Medical and sanitary report on the native army of Bombay for the year
Year: 1878
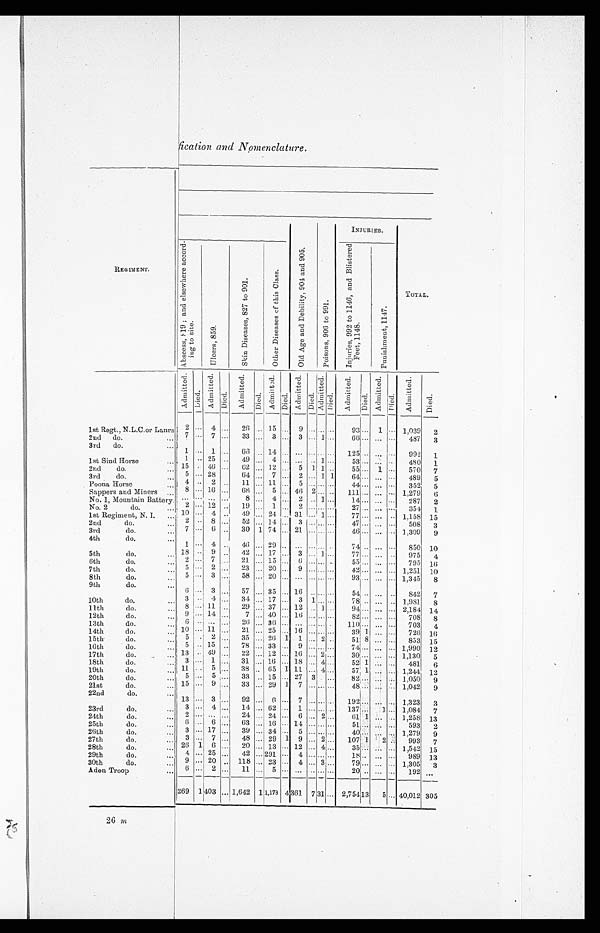
fication and Nomenclature.
INJURIES.
REGIMENT.
A b s c e s s , 8 1 9 ; a n d e l s e w h e r e a c c o r d -
i ng t o s i t e .
U l c e r s , 8 5 9 .
S k i n D i s e a s e s , 8 2 7 t o 9 0 1 .
O t h e r D i s e a s e s o f t h i s C l a s s .
O l d A g e a n d D e b i l i t y , 9 0 4 a n d 9 0 5 .
P o i s o n s , 9 0 6 t o 9 9 1 .
I n j u r i e s , 9 9 2 t o 1 1 4 6 , a n d B l i s t e r e d
F e e t , 1 1 4 8 .
P u n i s h m e n t , 1 1 4 7 .
TOTAL.
A d m i t t e d .
D i e d .
A d m i t t e d .
Di ed.
A d m i t t e d .
D i e d .
A d m i t t e d .
D i e d .
A d m i t t e d .
D i e d .
A d m i t t e d .
D i e d .
A d m i t t e d .
D i e d .
A d m i t t e d .
D i e d .
A d m i t t e d .
D i e d .
1st Regt., N.L.C.or Lanrs 2 ... 4 ... 26 ... 15 ... 9 ... ... ...
9 3
... 1 . . . 1,039
2
2nd do.
... 7 ... 7 ... 33 ... 3 ... 3 ... 1 ...
66 ... ...
. . . 487 3
3rd do.
. . . 1 ... 1 ...
6 6 ... 14 ... ... . . . ...
. . .
1 2 5 . . . ... . . .
992 1
1st Sind Horse
. . . 1
... 25 ... 49 . . . 4 . . .
...
. . 1 . . .
53
. . . ... . . . 480
1
2nd do.
. . . 15 . . . 46 ...
6 2... 12 ... 5 1 1 ...
5 5 . . . 1 ... 570 7
3rd do.
. . . 5 . . . 28
64 . . . 7 ... 2 ... 1 1
6 4 . . . ... . . . 489
5
Poona Horse
. . . 4 . . . 2 .. 11 ... 11 ... 5 ... ... . . .
4 4
...
... ...
352
5
Sappers and miners ... 8 . . . 16 ... 68 ... 5 ... 46 2 ... . . . 111 ... ... ... 1,279 6
No. 1, Mountain Battery. . . . . . . . . . ...
8 ... 4 . . . 2 . . . 1 . . .
1 4 ... ...
. . . 287 2
No. 2 do.
. . . 2 ... 12 .. 19 . . . 1 ... 2 ... . . . ...
27 . . . ... . . . 354
1
1st Regiment, N. I. ... 10 . . . 4 ..
49 . . . 24 ... 31 ... 1 ...
77 ... ...
. . 1,158 15
2nd do.
... 2 . . 8 ... 52 ... 14 ... 3 ... ... ...
4 7 ... ... . . . 508
3
3rd do.
... 7 ... 6 ... 30 1 74 ... 21 ... ... . . . 46 ... ...
. . . 1,309 9
4th do.
... 1 . . . 4 .. 46
. . . 2 9 . .
...
. . . . . . . .
74
. . . ... . . .
850
1 0
5th do.
. . . 18 . . . 9 .. 42 ... 17 ... 3 ... 1 ... 77
. . .
. . . . . . 975 4
6th do.
. . . 2 ... 7 ... 21 ... 15 ... 6 . . .
...
. . .
55 . . . ... . . . 795
1 6
7th do.
. . . 5 . . . 2 ... 23 ... 20 ... 9 . . .
... ...
4 2 ...
... ... 1,251 10
8th do.
... 5 ... 3 ... 58 ... 20 ... ... ... . . . . . . 93 ... ... . . . 1,345 8
9th do.
. . . 6 ... 3 ... 57 ... 35 ... 16
. .
...
. . . 54 . . .
... . . .
8 4 2
7
10th do.
. . . 3 . . . 4 ... 34 ... 17 ... 3 1 ... ...
78 .. ...
...
1,981 8
11th do.
. . . 8 ... 11 ... 29 ... 37 ... 12 . . . 1 . . . 94 . . . ... ... 2,184 14
12th do.
. . . 9 . . .
14 ...
7 ... 40 ... 16 ... ... . . .
8 2 ... ... ... 708 8
13th do.
. . . 6 . . . . .
...
2 6 . . . 3 6 . . .
...
. . . . . . . . 110 . . . ... . . . 703
4
14th do.
. . . 10 . . . 11 ... 21 ... 25 ... 16 ... ... ...
39 1
... . . . 726 16
15th do.
. . . 5 . 2 ... 35 ... 26 1 1 ... 2 ..
51 8 ... . . . 853 15
16th do.
. . . 5 . . . 15 .. 78 ... 33 ... 9 ... ... ...
7 4 . . . ... ... 1,990 12
17th do.
... 13 . . 49 ... 22 ... 12 ... 16 ... 2 . . .
3 0 ... ... ... 1,130 5
18th do.
. . . 3 ... 1 ... 31 ... 16 ... 18 ... 4 ...
52 1 ... . . . 481
6
19th do.
. . . 1 1 ... 5 ... 38 . . 65 1 11 ... 4 ...
57 1 ... ... 1,244 12
20th do.
. . . 5 ... 5 ... 33 .. 15 . . . 27 3 . ...
8 2 . . .
... . . . 1,050 9
21st do.
... 15 . . . 9 ... 33 ... 29 1
7 ... ... . . . 48 ... ... ... 1,042 9
22nd do.
... 13 . . . 3 ... 92 ... 6 ... 7 ... ...
. . .
192
. . . ... . . .
1 , 3 2 3
3
23rd do.
. . . 3 . . . 4 ... 14 ... 62 ... 1 ... ... ... 137 . . . 1 ... 1,084 7
24th do.
. . . 2 ... ... ... 24 ... 24 ... 6 ... 2 . . . 61 1 ... . . . 1,258
1 3
25th do.
... 6 ... 6 ...
6 3
... 16 . . . 14 ... ... ...
5 1 ...
... ...
593 2
26th do.
... 3 ... 17 ... 39 ... 34 ... 5 ... ... ...
40
... ...
... 1,279 9
27th do.
. . . 3 ... 7 ... 48 ... 29 1 9 ... 2 ... 107 1 2 .. 993 7
28th do.
. . . 26 1 6 ... 20 ... 13 . . . 12 . . . 4 . . .
3 5 . . . ...
. . .
1 , 5 4 2
1 5
29th do.
... 4 ... 25 ... 42 ... 291 . . . 4 . . . . . . . . . 18 .. ... . . . 989 13
30th do.
... 9 . . . 20 .. 118 ... 23 ... 4 ... 3 ...
7 9 ... ... . . .
1 , 3 0 5 3
Aden Troop
...
6 . . .
2 ... 11
. . . 5 . . .
...
. . . . . . . . .
2 0 . . ... . . . 192 ...
269
1
403 ... 1,642 1 1,178 4 361 7 31 ... 2,754
13
5 ... 40,012 305
26 m